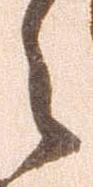
之